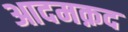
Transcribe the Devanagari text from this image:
आदमक़द